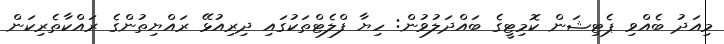
މިއަދު ބެއްވި ޕެޓިޝަން ކޮމިޓީގެ ބައްދަލުވުން: ހިޔާ ފްލެޓްތަކުގައި ދިރިއުޅޭ ރައްޔިތުންގެ ރައްކާތެރިކަން